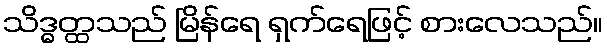
သိဒ္ဓတ္ထသည် မြိန်ရေ ရှက်ရေဖြင့် စားလေသည်။